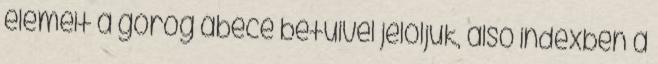
elemeit a görög ábécé betűivel jelöljük, alsó indexben a